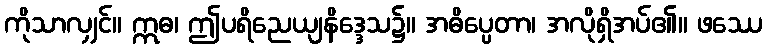
ကိုသာလျှင်။ ဣဓ၊ ဤပရိညေယျနိဒ္ဒေသ၌။ အဓိပ္ပေတာ၊ အလိုရှိအပ်၏။ ဖဿေ